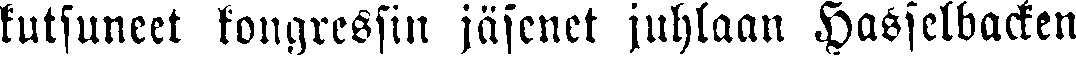
kutsuneet kongressin jäsenet juhlaan Hasselbacken